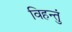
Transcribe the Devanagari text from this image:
विहन्तुं